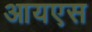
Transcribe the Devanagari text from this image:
आयएस